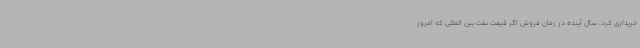
خریداری کرد، سال آینده در زمان فروش اگر قیمت نفت بین المللی که امروز